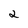
Character: 2